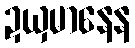
ဍယှမာနေန